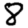
Digit: 8